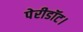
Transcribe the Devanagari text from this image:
पेरीडॉट।